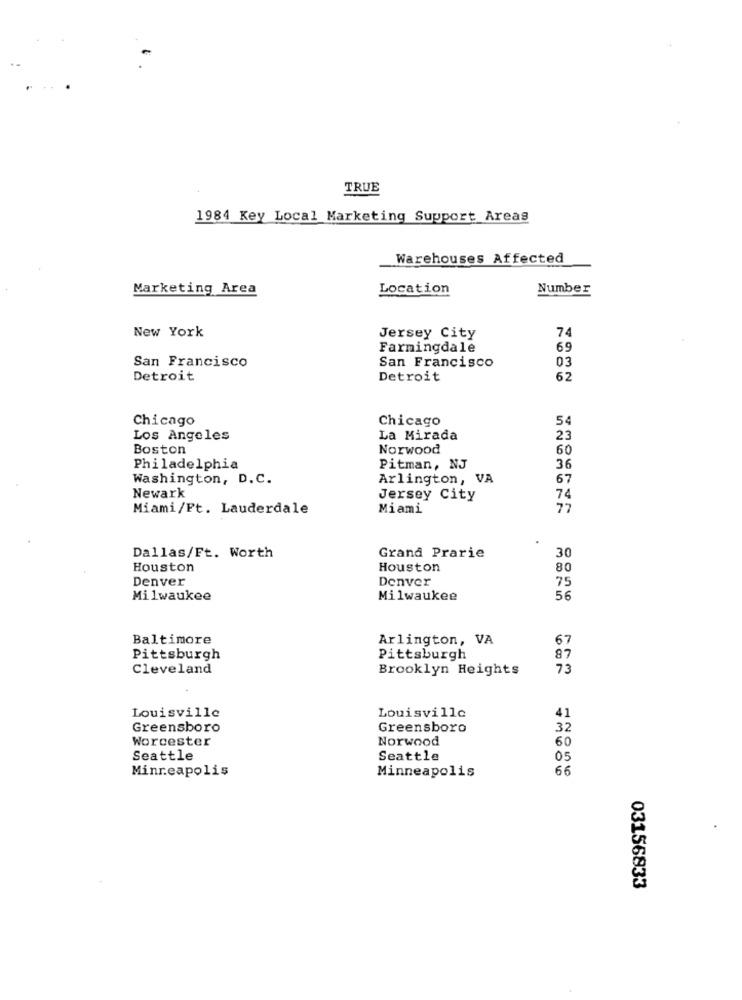
-
TRUE
1984 Key Local Marketing Support Areas
Warehouses Affected
Marketing Area
Location
Number
New York
74
Jersey City
Farmingdale
69
San Francisco
03
San Francisco
Detroit
Detroit
62
Chicago
Chicago
54
Los Angeles
La Mirada
23
Boston
Norwood
60
Philadelphia
Pitman, NJ
36
Washington, D. C.
Arlington, VA
67
Newark
Jersey City
74
Miami/Ft. Lauderdale
Miami
77
Dallas/Ft. Worth
Grand Prarie
30
Houston
Houston
80
Denver
Denver
75
Milwaukee
Milwaukee
56
Baltimore
Arlington, VA
67
Pittsburgh
Pittsburgh
87
Cleveland
Brooklyn Heights
73
Louisville
Louisville
41
Greensboro
Greensboro
32
Worcester
Norwood
60
Seattle
Seattle
05
Minneapolis
Minneapolis
66
03156833